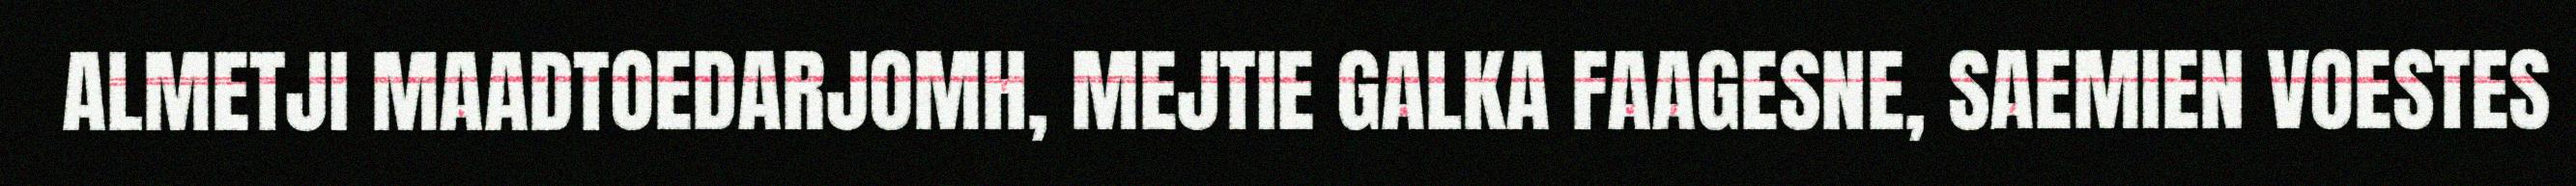
ALMETJI MAADTOEDARJOMH, MEJTIE GALKA FAAGESNE, SAEMIEN VOESTES